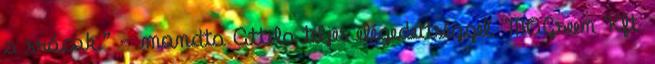
a srácok.” – mondta Attila teljes elégedettséggel. MAGreen Kft.